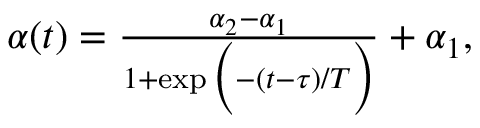
\begin{array} { r } { \alpha ( t ) = \frac { \alpha _ { 2 } - \alpha _ { 1 } } { 1 + \exp \Big ( - ( t - \tau ) / T \Big ) } + \alpha _ { 1 } , } \end{array}